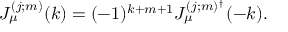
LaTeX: J _ { \mu } ^ { ( j ; m ) } ( k ) = ( - 1 ) ^ { k + m + 1 } J _ { \mu } ^ { ( j ; m ) ^ { \dag } } ( - k ) .